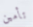
تأمين